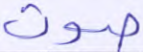
صوت